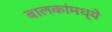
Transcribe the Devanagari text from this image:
बालकांमध्ये